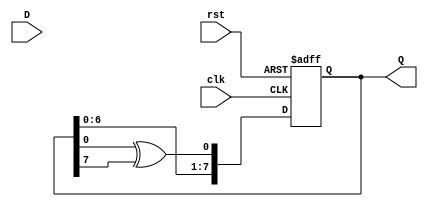
module FeedbackRegister (
    input wire clk,          // Clock input
    input wire rst,          // Asynchronous reset
    input wire [N-1:0] D,    // Data input
    output reg [N-1:0] Q     // Current state output
);

    parameter N = 8; // Define the width of the register

    // Internal feedback logic
    wire feedback;
    
    // Example feedback logic: XOR of the first and last bit of Q
    assign feedback = Q[0] ^ Q[N-1];

    always @(posedge clk or posedge rst) begin
        if (rst) begin
            Q <= {N{1'b0}}; // Reset Q to zero
        end else begin
            // Update Q based on feedback and data input
            Q <= {Q[N-2:0], feedback}; // Shift left and insert feedback
            // Alternative: Q <= D; // Uncomment this line to load data instead of feedback
        end
    end

endmodule